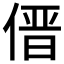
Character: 𱎿